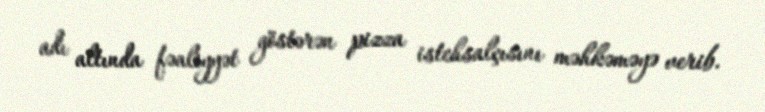
adı altında fəaliyyət göstərən pizza istehsalçısını məhkəməyə verib.